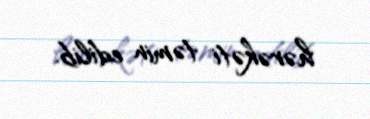
hərəkəti təmin edilib.